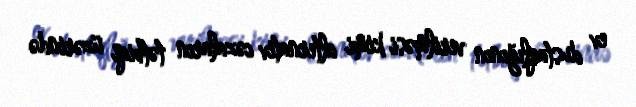
ev dustaqlığının verilməsi kimi alternativ cəzaların tətbiqi üzərində